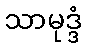
သာမုဒ္ဒံ